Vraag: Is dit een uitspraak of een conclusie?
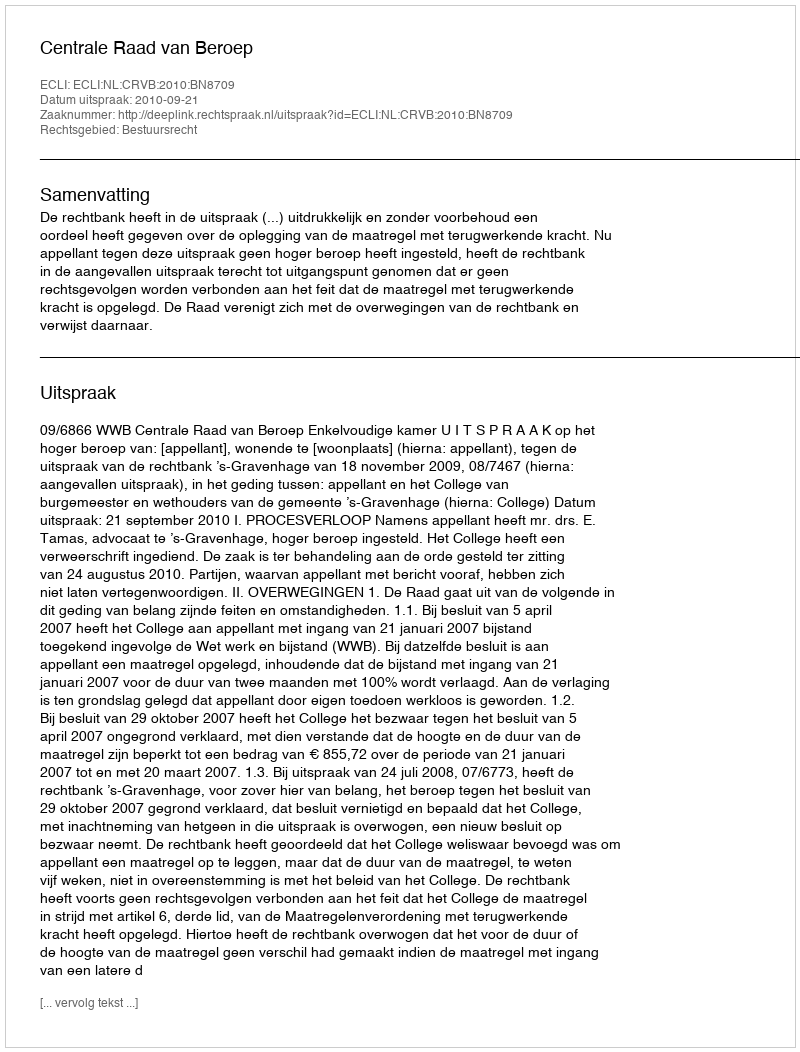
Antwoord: Uitspraak